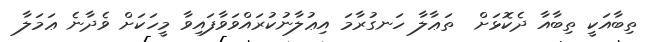
ތިބާއަކީ ތިބާއާ ދެކޮޅަށް  ތަޢާލާ ހަނގުރާމަ އިޢުލާނުކުރައްވަވާފައިވާ މީހަކަށް ވެދާނެ ޢަމަލާ